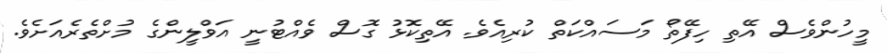
މީހުންވެސް އޭތި ހިފޭތޯ މަސައްކަތް ކުރިއެވެ. އޭތިކޮޅު ގޮސް ވެއްޓުނީ އަވްލީންގެ މުށްތެރެއަށެވެ.